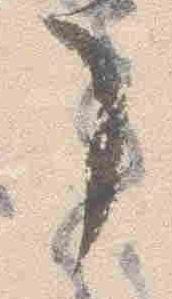
了